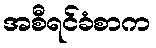
အစီရင်ခံစာက